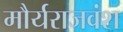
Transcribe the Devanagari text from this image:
मौर्यराजवंश